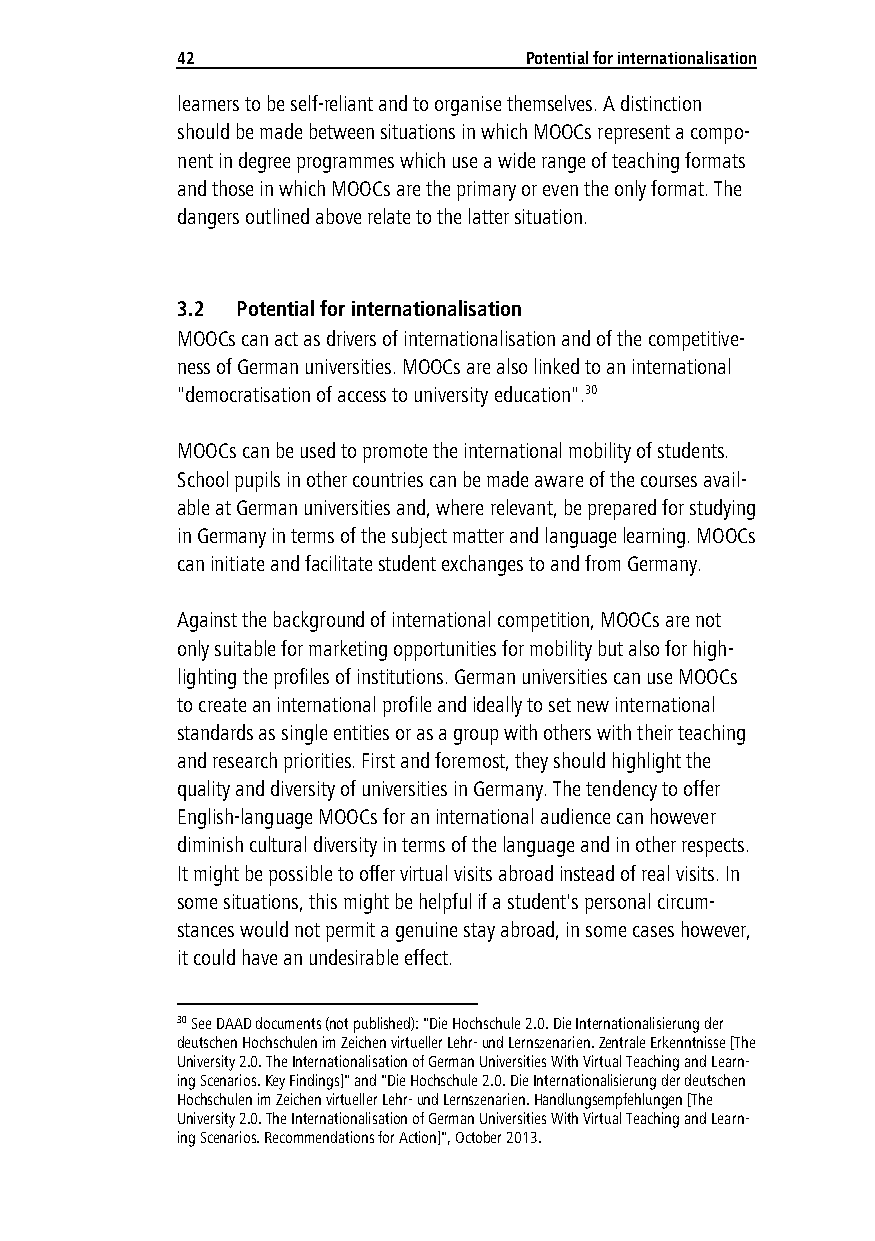
42                     Potential for internationalisation
 learners to be self-reliant and to organise themselves. A distinction
 should be made between situations in which MOOCs represent a compo-
 nent in degree programmes which use a wide range of teaching formats
 and those in which MOOCs are the primary or even the only format. The
 dangers outlined above relate to the latter situation.
 3.2 Potential for internationalisation
 MOOCs can act as drivers of internationalisation and of the competitive-
 ness of German universities. MOOCs are also linked to an international
 "democratisation of access to university education".30
 MOOCs can be used to promote the international mobility of students.
 School pupils in other countries can be made aware of the courses avail-
 able at German universities and, where relevant, be prepared for studying
 in Germany in terms of the subject matter and language learning. MOOCs
 can initiate and facilitate student exchanges to and from Germany.
 Against the background of international competition, MOOCs are not
 only suitable for marketing opportunities for mobility but also for high-
 lighting the profiles of institutions. German universities can use MOOCs
 to create an international profile and ideally to set new international
 standards as single entities or as a group with others with their teaching
 and research priorities. First and foremost, they should highlight the
 quality and diversity of universities in Germany. The tendency to offer
 English-language MOOCs for an international audience can however
 diminish cultural diversity in terms of the language and in other respects.
 It might be possible to offer virtual visits abroad instead of real visits. In
 some situations, this might be helpful if a student's personal circum-
 stances would not permit a genuine stay abroad, in some cases however,
 it could have an undesirable effect.
 30 See DAAD documents (not published): "Die Hochschule 2.0. Die Internationalisierung der
 deutschen Hochschulen im Zeichen virtueller Lehr- und Lernszenarien. Zentrale Erkenntnisse [The
 University 2.0. The Internationalisation of German Universities With Virtual Teaching and Learn-
 ing Scenarios. Key Findings]" and "Die Hochschule 2.0. Die Internationalisierung der deutschen
 Hochschulen im Zeichen virtueller Lehr- und Lernszenarien. Handlungsempfehlungen [The
 University 2.0. The Internationalisation of German Universities With Virtual Teaching and Learn-
 ing Scenarios. Recommendations for Action]", October 2013.